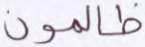
ظالمون